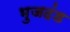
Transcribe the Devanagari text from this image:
भुजदंड